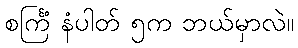
စင်္ကြံ နံပါတ် ၅က ဘယ်မှာလဲ။